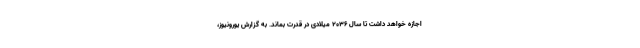
اجازه خواهد داشت تا سال ۲۰۳۶ میلادی در قدرت بماند. به گزارش یورونیوز،